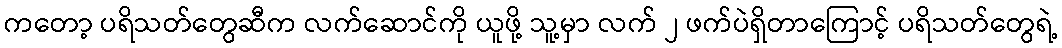
ကတော့ ပရိသတ်တွေဆီက လက်ဆောင်ကို ယူဖို့ သူ့မှာ လက် ၂ ဖက်ပဲရှိတာကြောင့် ပရိသတ်တွေရဲ့